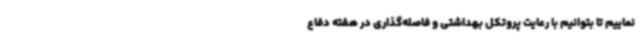
نماییم تا بتوانیم با رعایت پروتکل بهداشتی و فاصله‌گذاری در هفته دفاع